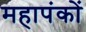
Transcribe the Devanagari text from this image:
महापंकों